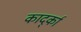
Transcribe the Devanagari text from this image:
कार्द्का